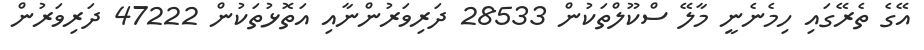
އޭގެ ތެރޭގައި ހިމެނެނީ މާލޭ ސްކޫލްތަކުން 28533 ދަރިވަރުންނާއި އަތޮޅުތަކުން 47222 ދަރިވަރުން